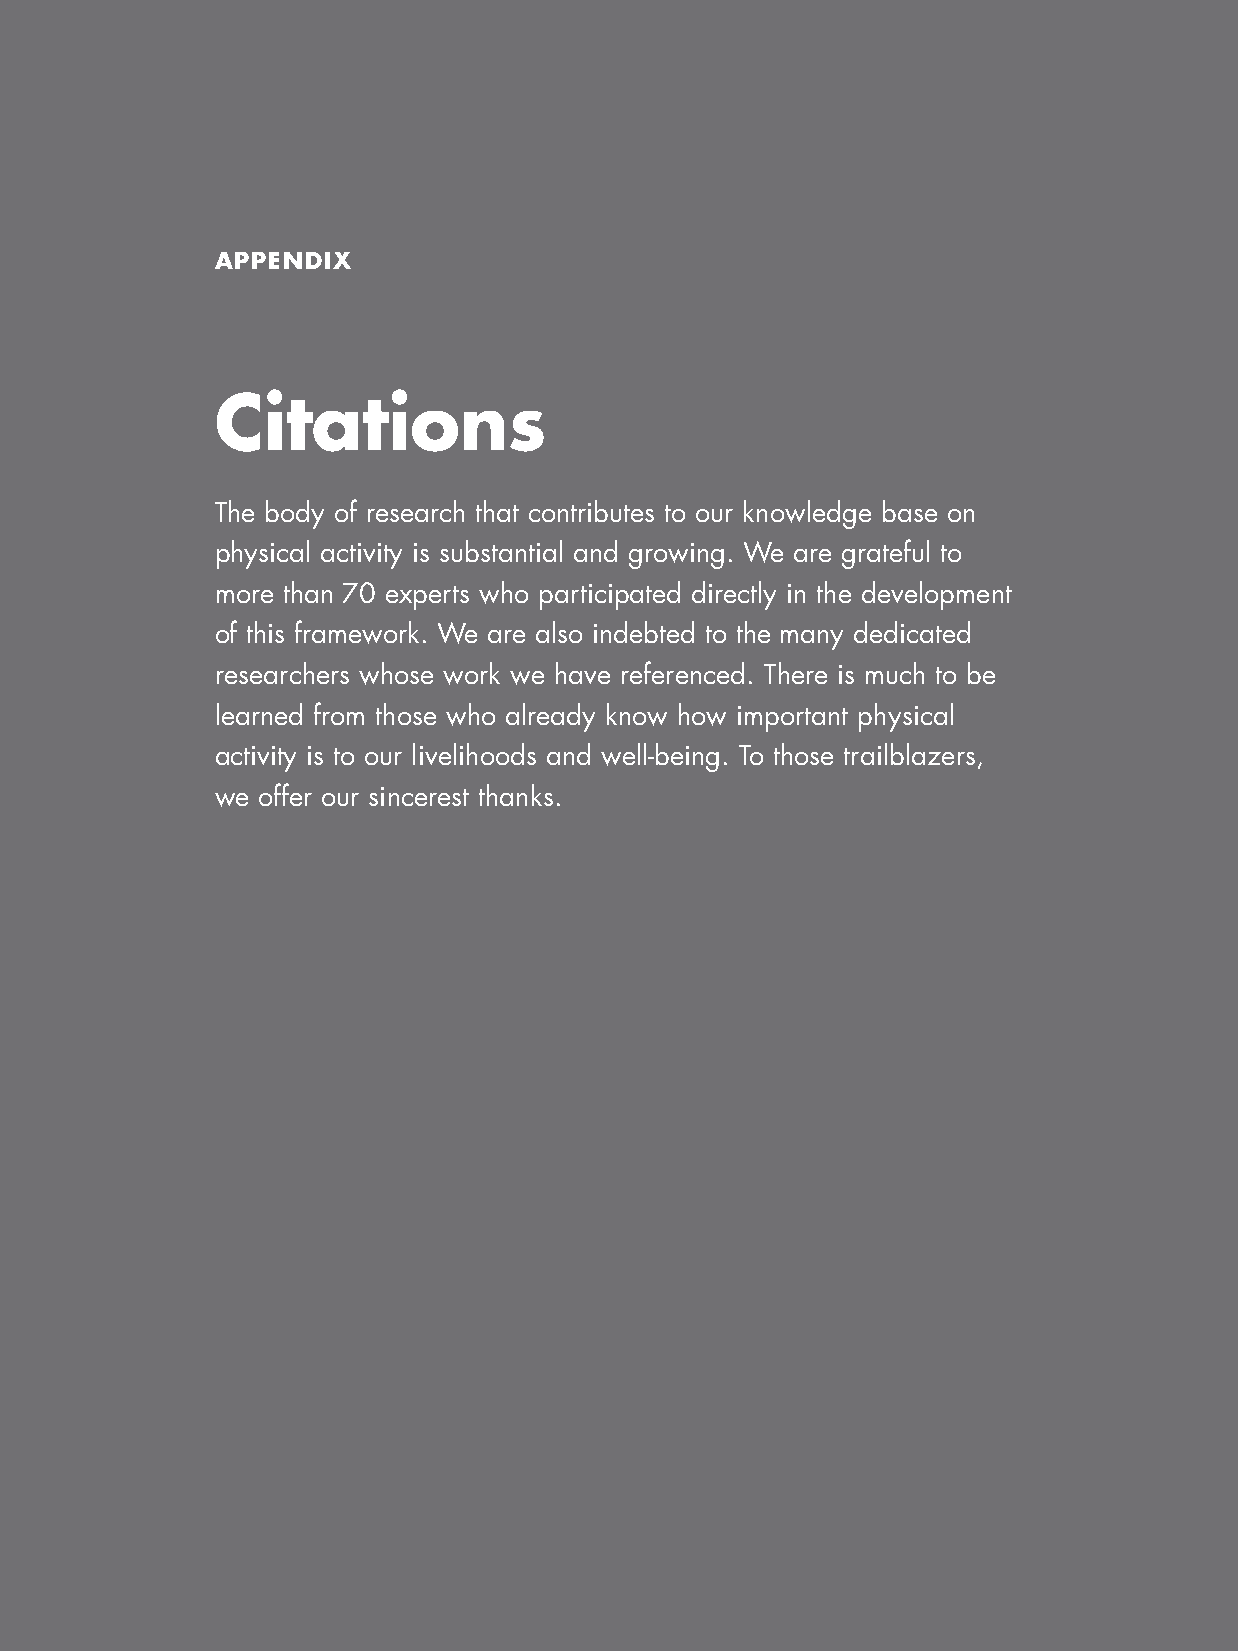
appendix
 citations
 The body of research that contributes to our knowledge base on
 physical activity is substantial and growing. We are grateful to
 more than 70 experts who participated directly in the development
 of this framework. We are also indebted to the many dedicated
 researchers whose work we have referenced. There is much to be
 learned from those who already know how important physical
 activity is to our livelihoods and well-being. To those trailblazers,
 we offer our sincerest thanks.
 114– Designed to Move | Appendix & ciTATions